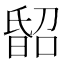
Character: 𣉈